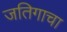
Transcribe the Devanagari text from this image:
जतिगाचा